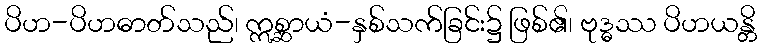
ပိဟ-ပိဟဓာတ်သည်၊ ဣစ္ဆာယံ-နှစ်သက်ခြင်း၌ ဖြစ်၏၊ ဗုဒ္ဓဿ ပိဟယန္တိ